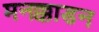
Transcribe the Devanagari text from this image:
मनक्काडन